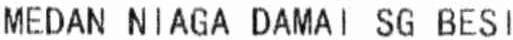
MEDAN NIAGA DAMAI SG BESI